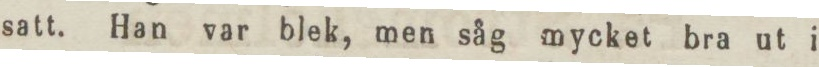
satt. Han var blek, men såg mycket bra ut i